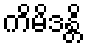
ကိမိဒန္တိ